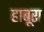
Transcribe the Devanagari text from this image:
हाबूरा